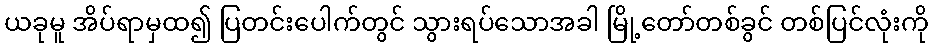
ယခုမူ အိပ်ရာမှထ၍ ပြတင်းပေါက်တွင် သွားရပ်သောအခါ မြို့တော်တစ်ခွင် တစ်ပြင်လုံးကို